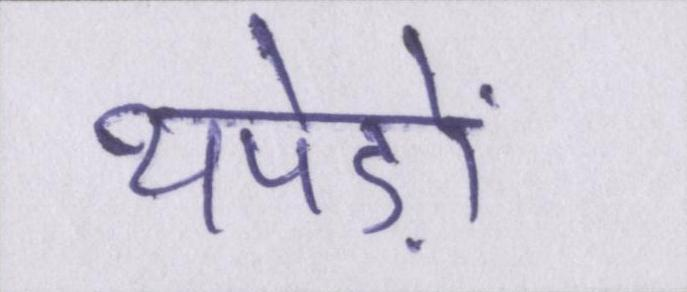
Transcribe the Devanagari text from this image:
थपेड़ों